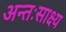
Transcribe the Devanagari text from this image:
अन्तःसाक्ष्य